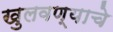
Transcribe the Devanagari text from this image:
खुलवण्याचे